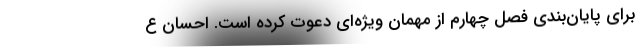
برای پایان‌بندی فصل چهارم از مهمان ویژه‌ای دعوت کرده است. احسان ع